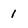
Character: 1